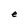
Character: e